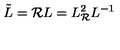
\tilde { L } = { \cal R } L = L _ { \cal R } ^ { 2 } L ^ { - 1 }